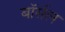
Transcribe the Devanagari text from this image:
बॉर्सल